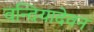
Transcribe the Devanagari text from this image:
वन्दियादेवन